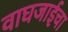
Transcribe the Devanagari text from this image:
वाघजाईचा